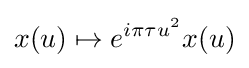
x(u)\mapsto e^{i\pi \tau u^{2}}x(u)